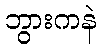
ဘွားကနဲ